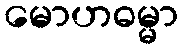
မောဟဓမ္မာ